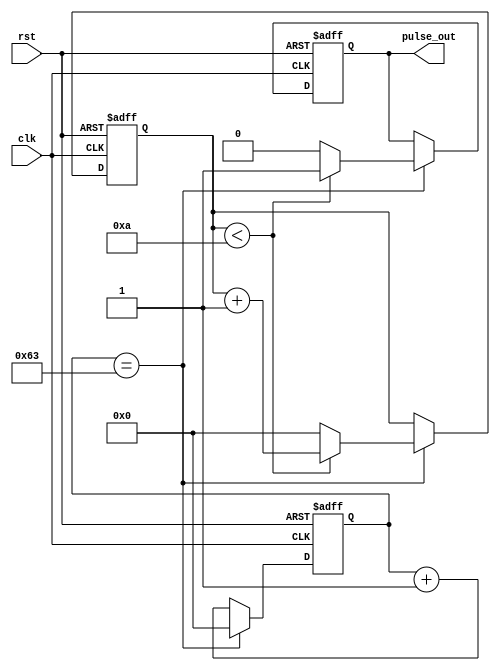
module pulse_generator (
  input wire clk,             // external clock signal
  input wire rst,             // reset signal
  output reg pulse_out        // output pulse signal
);

parameter PULSE_WIDTH = 10;   // desired pulse width in clock cycles
parameter DUTY_CYCLE = 50;    // desired duty cycle in percentage
parameter FREQ_DIV = 100;     // frequency division factor

reg [31:0] count = 0;         // counter for pulse width
reg [31:0] freq_count = 0;    // counter for frequency division

always @(posedge clk or posedge rst) begin
  if (rst) begin
    count <= 0;
    freq_count <= 0;
    pulse_out <= 0;
  end else begin
    if (freq_count == FREQ_DIV - 1) begin
      freq_count <= 0;
      
      if (count < PULSE_WIDTH) begin
        count <= count + 1;
        pulse_out <= 1;
      end else begin
        count <= 0;
        pulse_out <= 0;
      end
    end else begin
      freq_count <= freq_count + 1;
    end
  end
end

endmodule